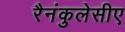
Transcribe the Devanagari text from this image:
रैनंकुलेसीए